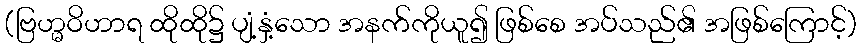
(ဗြဟ္မဝိဟာရ ထိုထို၌ ပျံ့နှံ့သော အနက်ကိုယူ၍ ဖြစ်စေ အပ်သည်၏ အဖြစ်ကြောင့်)